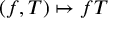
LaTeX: ( f , T ) \mapsto f T